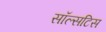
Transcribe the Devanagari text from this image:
सॉल्सटिस